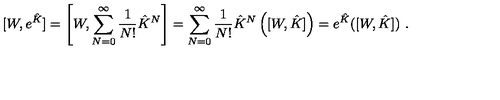
[ W , e ^ { \hat { K } } ] = \left[ W , \sum _ { N = 0 } ^ { \infty } \frac { 1 } { N ! } \hat { K } ^ { N } \right] = \sum _ { N = 0 } ^ { \infty } \frac { 1 } { N ! } \hat { K } ^ { N } \left( [ W , \hat { K } ] \right) = e ^ { \hat { K } } ( [ W , \hat { K } ] ) \ .